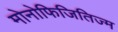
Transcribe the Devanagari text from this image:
मोनोफिजितिज्म